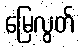
မြေလွတ်